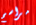
مراسم